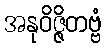
အနုဝိဇ္ဇိတဗ္ဗံ